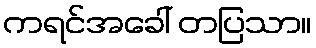
ကရင်အခေါ် တပြသာ။